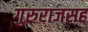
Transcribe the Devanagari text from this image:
गुरुराजसह